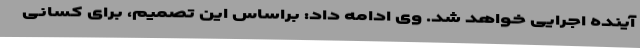
آینده اجرایی خواهد شد. وی ادامه داد: براساس این تصمیم، برای کسانی